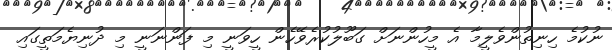
ނުކުމެ ހިނިތުންވެލީމާ އެ މީހުންނަށް ގަބޫލުކުރެވޭހެން ހީވަނީ މި ފަންނަނީ މި ދުނިޔެމަތީގައި